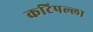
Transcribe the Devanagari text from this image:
कटिपल्ला